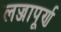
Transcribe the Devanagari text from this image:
लज्जापूर्ण